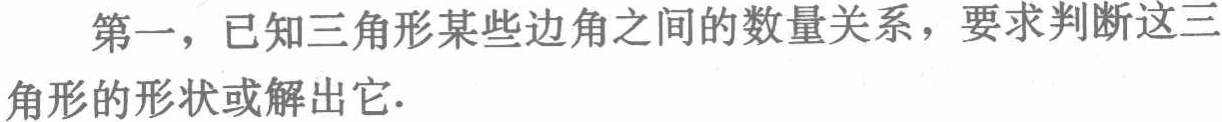
第一，已知三角形某些边角之间的数量关系，要求判断这三角形的形状或解出它.